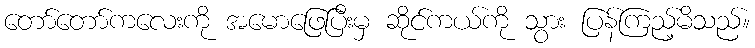
တော်တော်ကလေးကို အမောဖြေပြီးမှ ဆိုင်ကယ်ကို သွား ပြန်ကြည့်မိသည်။